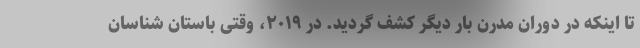
تا اینکه در دوران مدرن بار دیگر کشف گردید. در ۲۰۱۹، وقتی باستان شناسان